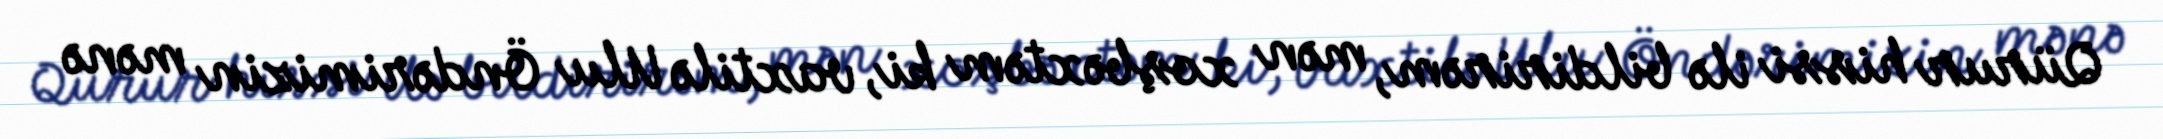
Qürur hissi ilə bildirirəm, mən xoşbəxtəm ki, vaxtilə Ulu Öndərimizin mənə